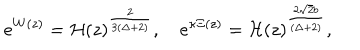
e ^ { W ( z ) } = { \cal H } ( z ) ^ { \frac { 2 } { 3 ( \Delta + 2 ) } } , \quad e ^ { \kappa \Xi ( z ) } = { \cal H } ( z ) ^ { \frac { 2 \sqrt { 2 } b } { ( \Delta + 2 ) } } ,